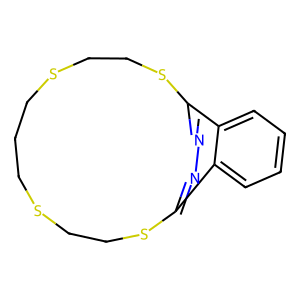
SMILES: c1ccc2c3nnc(c2c1)SCCSCCCSCCS3
Inhibits HIV replication: No